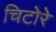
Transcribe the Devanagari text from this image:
चिटोरे